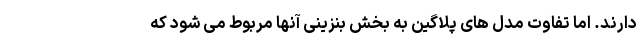
دارند. اما تفاوت مدل های پلاگین به بخش بنزینی آنها مربوط می شود که